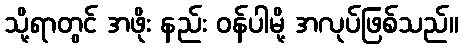
သို့ရာတွင် အဖိုး နည်း ဝန်ပါမို့ အလုပ်ဖြစ်သည်။